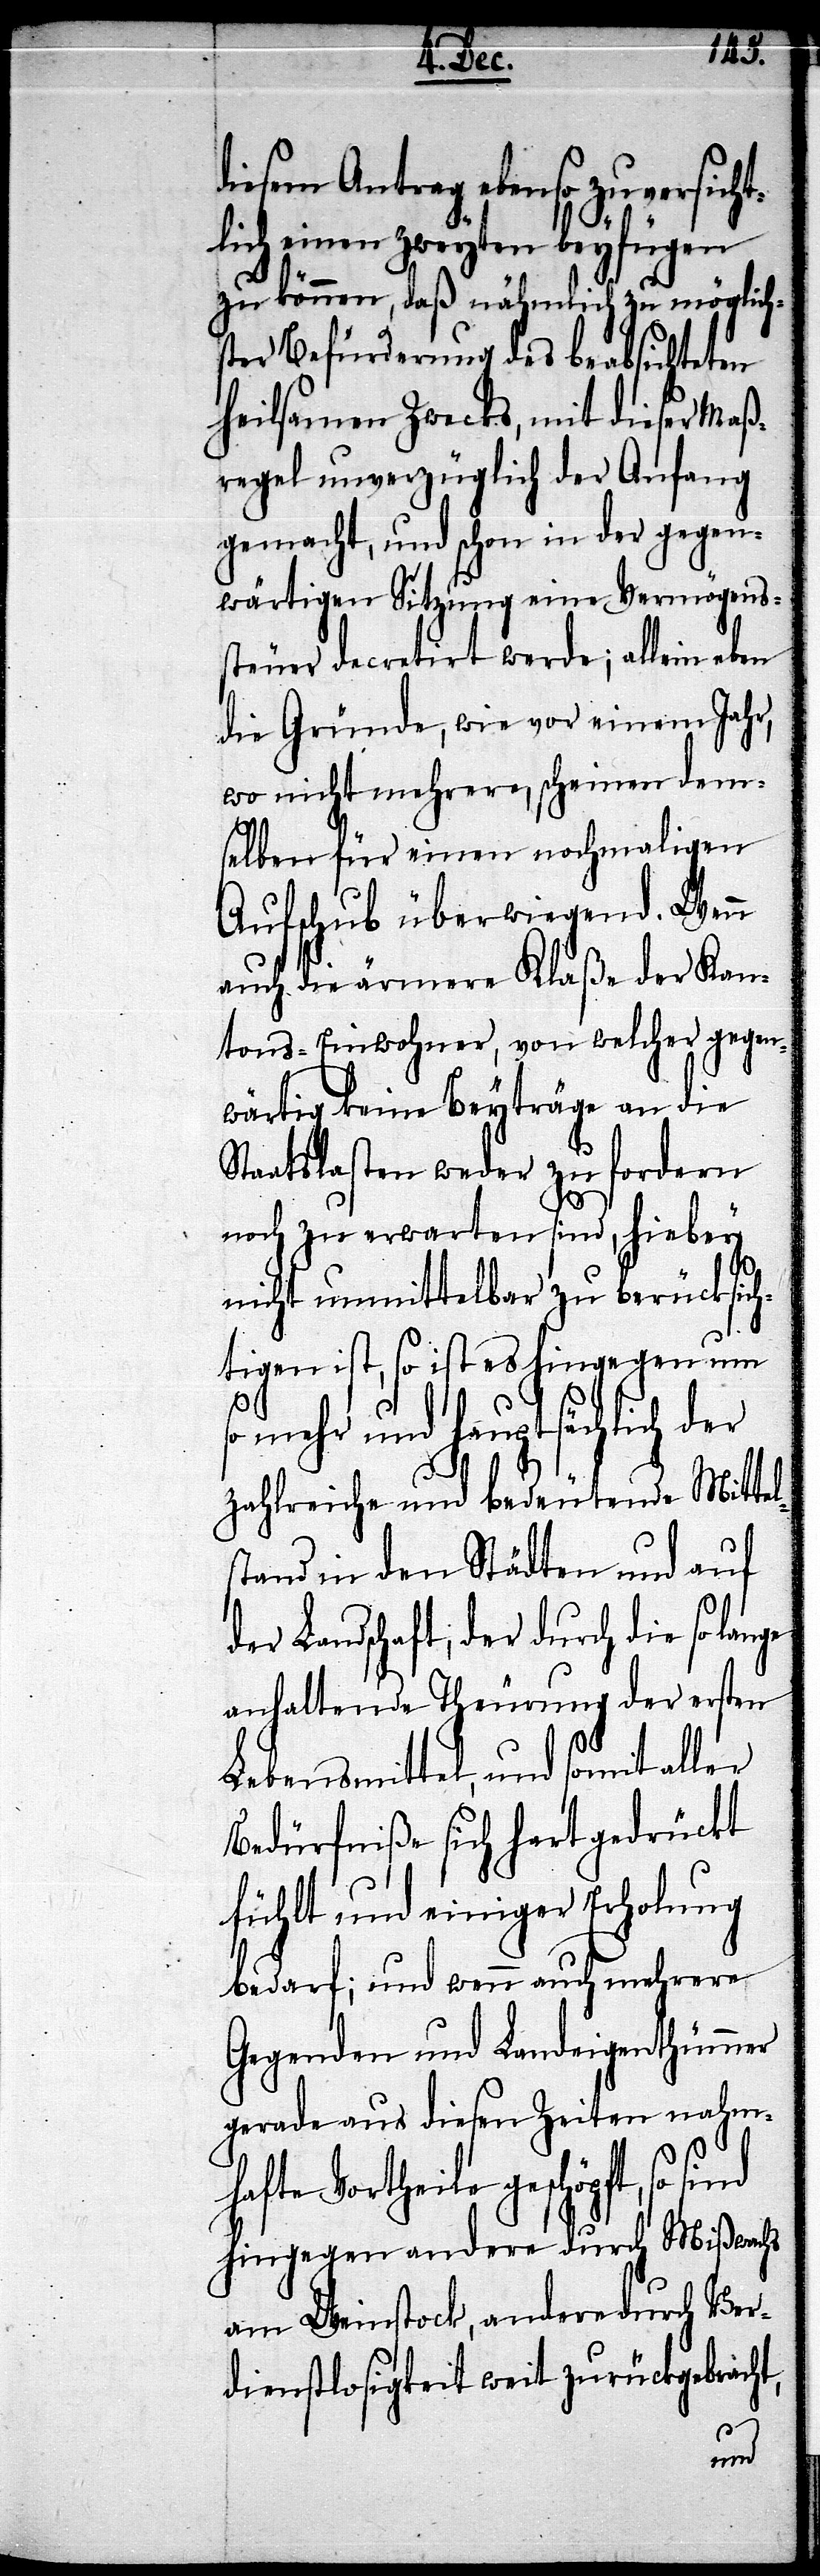
diesem Antrag ebenso zuversicht¬
lich einen zweyten beyfügen
zu können, daß nämlich zu möglich¬
ster Befürderung des beabsichteten
heilsamen Zwecks, mit dieser Maß¬
regel unverzüglich der Anfang
gemacht, und schon in der gegen¬
wärtigen Sitzung eine Vermögens¬
steuer decretirt werde; allein eben
die Gründe, wie vor einem Jahr,
wo nicht mehrere, scheinen dem¬
selben für einen nochmaligen
Aufschub überwiegend. Wenn
auch die ärmere Klaße der Kan¬
tons-Einwohner, von welcher gegen¬
wärtig keine Beyträge an die
Staatslasten weder zu fordern
noch zu erwarten sind, hiebey
nicht unmittelbar zu berücksich¬
tigen ist, so ist es hingegen um
so
so mehr und hauptsächlich der
zahlreiche und bedeutende Mittel¬
stand in den Städten und auf
der Landschaft, der durch die so
anhaltende Theurung der ersten
Lebensmittel, und somit aller
Bedürfniße sich hart gedrückt
fühlt und einiger Erholung
bedarf; und wenn auch mehrere
Gegenden und Landeigenthümer
gerade aus diesen Zeiten nahm¬
hafte Vortheile geschöpft,
hingegen anderer durch Mißwachs
am Weinstock, andere durch Ver¬
dienstlosigkeit weit zurückgebracht,
sind